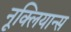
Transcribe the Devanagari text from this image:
नूक्लियान्स